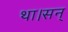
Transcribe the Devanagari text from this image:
था।सन्